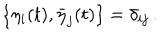
\{ \eta _ { i } ( t ) , \bar { \eta } _ { j } ( t ) \} = \delta _ { i j } \, .